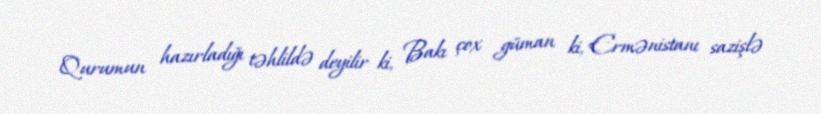
Qurumun hazırladığı təhlildə deyilir ki, Bakı çox güman ki, Ermənistanı sazişlə